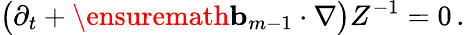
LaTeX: \bigl(\partial_{t}+\ensuremath{\mathbf{b}}_{m-1}\cdot\nabla\bigr)Z^{-1}=0\, .